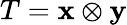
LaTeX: T=\mathbf{x}\otimes\mathbf{y}